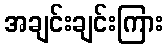
အချင်းချင်းကြား